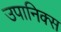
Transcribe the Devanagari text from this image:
उपानिक्स